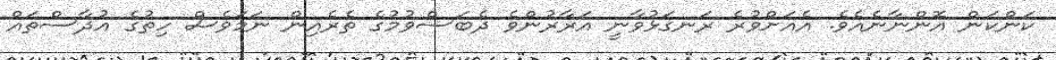
ކަންކަން އޮންނާނެއެވެ. އެއަށްވުރެ ރަނގަޅުވާނީ އަރާރުންވެ ދެބަސްވުމުގެ ތެރެއިން ނަމަވެސް ހިތުގެ އުދާސްތައް